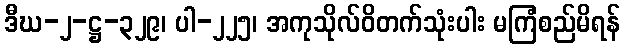
ဒီဃ-၂-ဋ္ဌ-၃၂၉၊ ပါ-၂၂၅၊ အကုသိုလ်ဝိတက်သုံးပါး မကြံစည်မိရန်